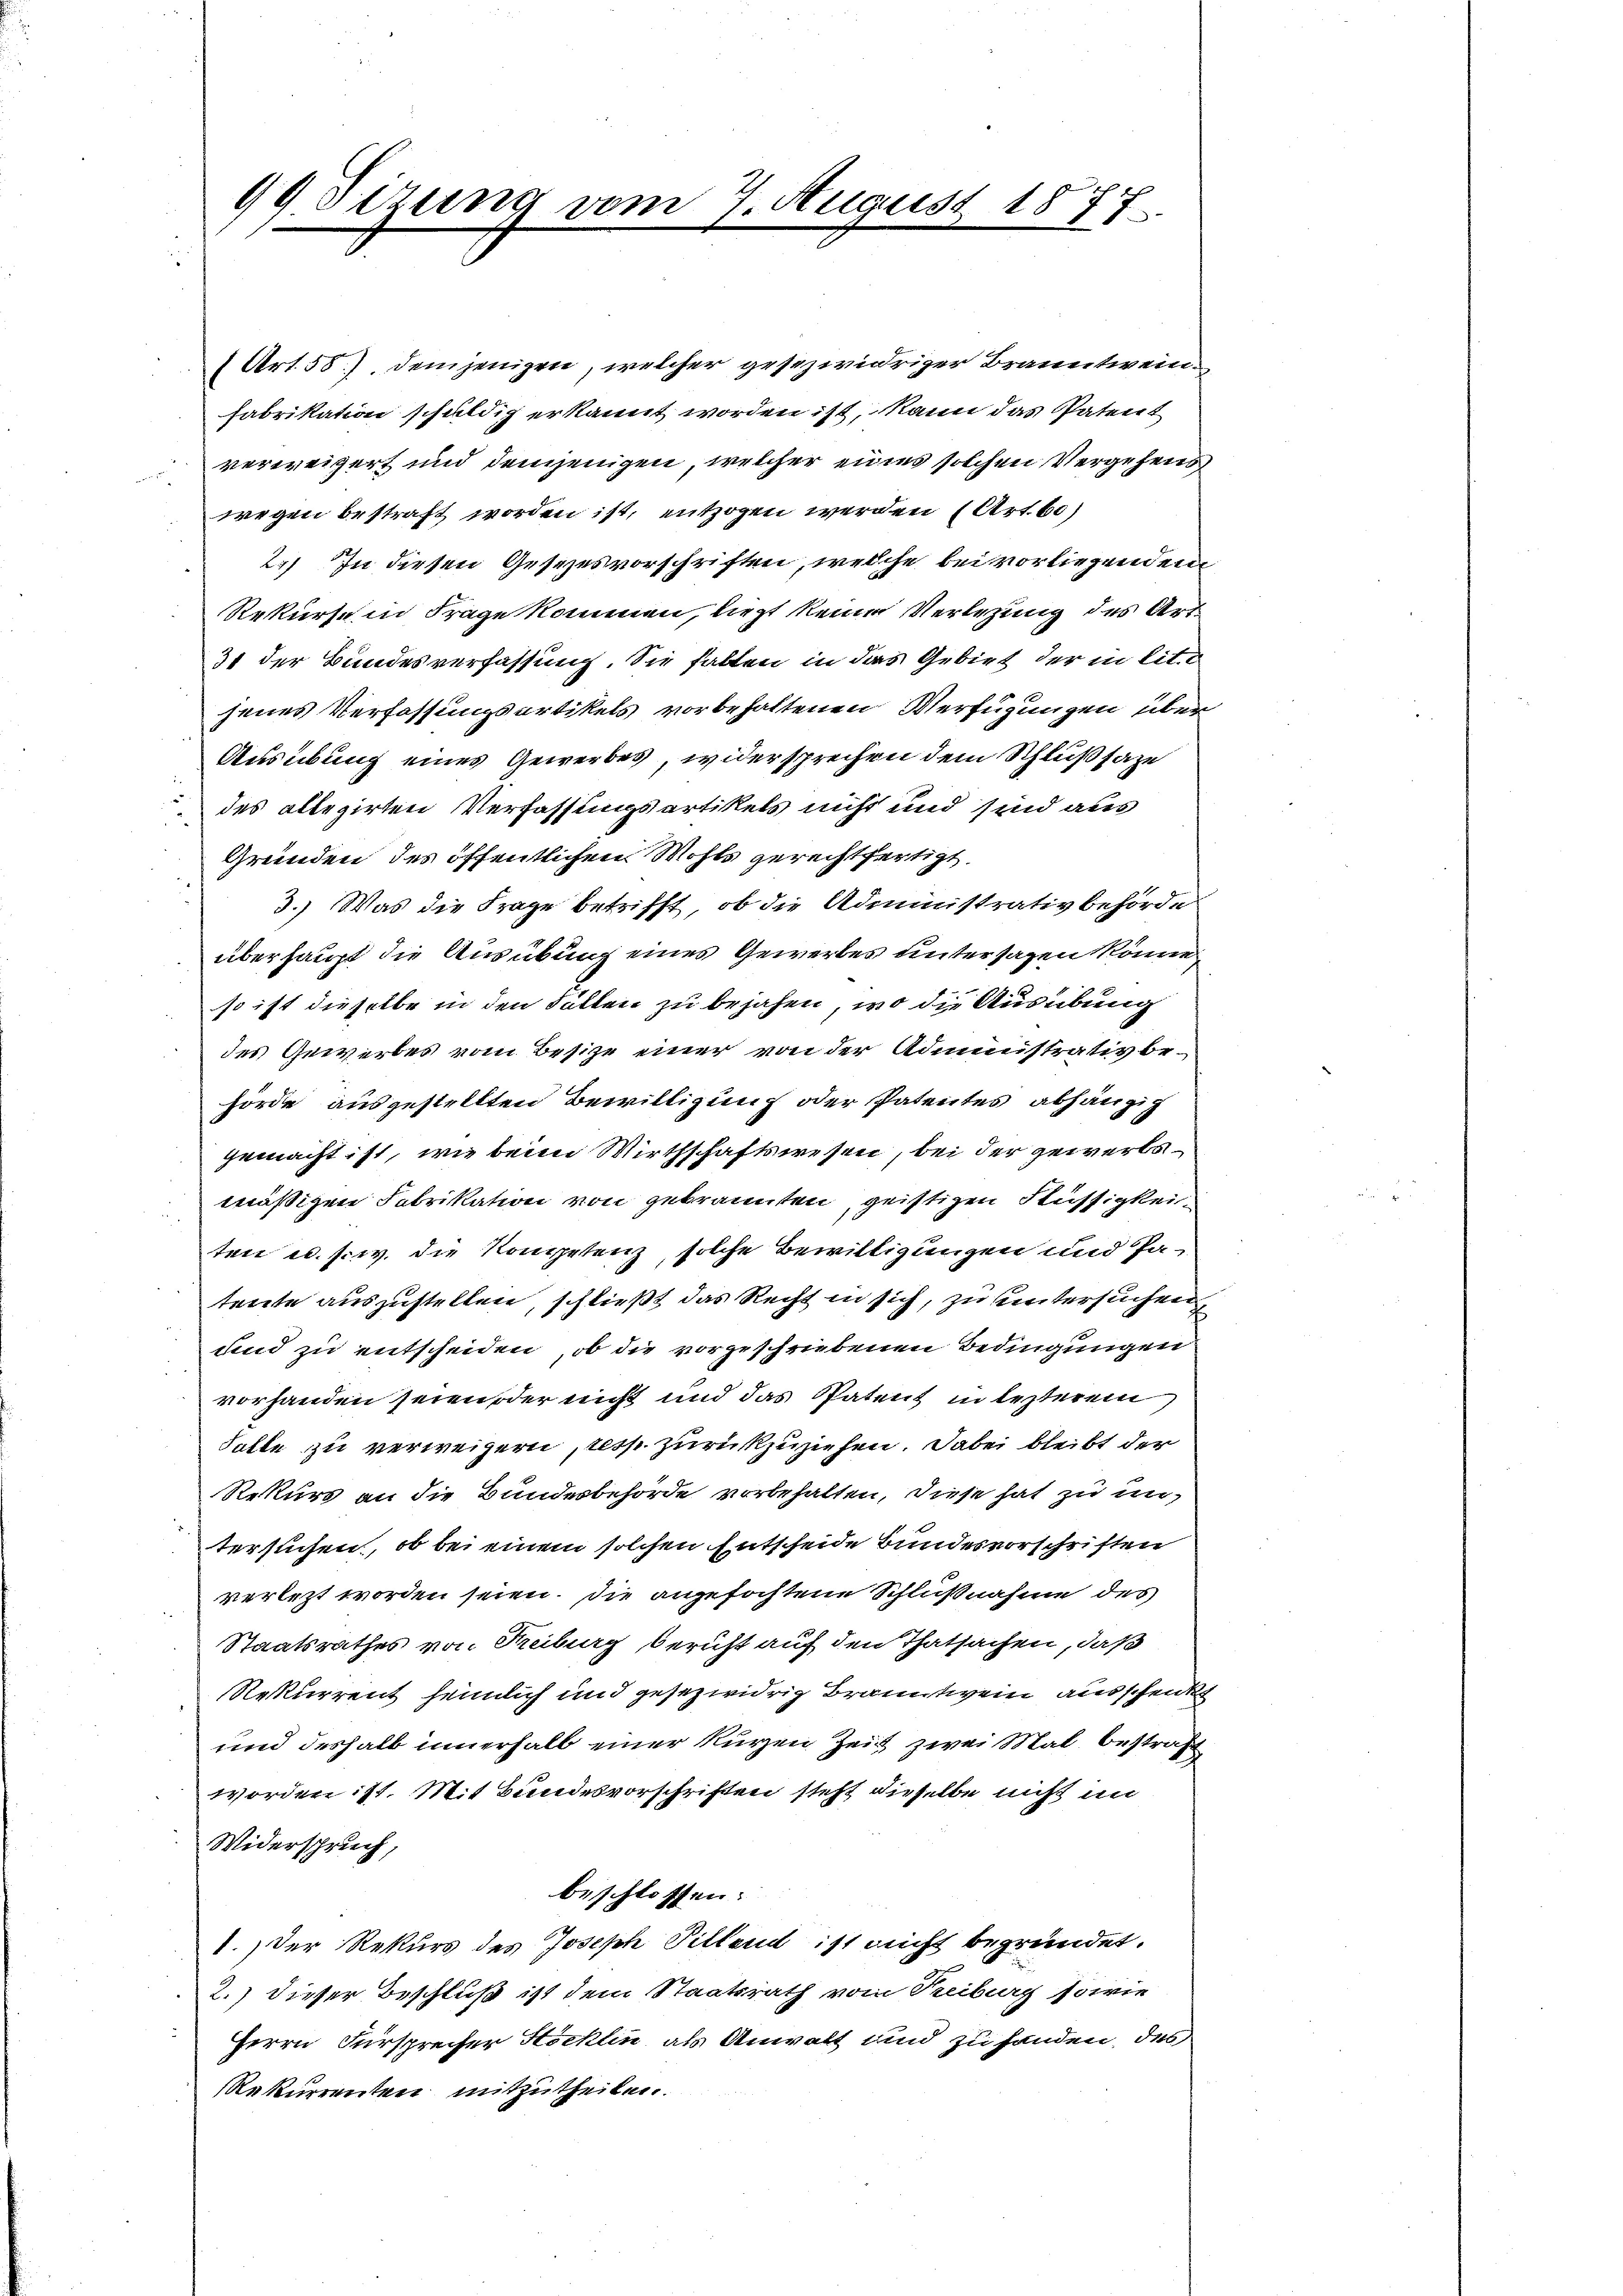
99 Tizung vom 7. August 1877

(Art. 58), demjenigen, welcher gesezwidriger Branntweinfabrikation schuldig erkannt worden ist, kann das Patent
verweigert und demjenigen, welcher eines solchen Vergehens
wegen bestraft worden ist, entzogen werden (Art. 60)
2.) In diesen Gesezesvorschriften, welche bei vorliegendem
Rekurse in Frage kommen, liegt keine Verlegung des Art.
31 der Bundesverfassung. Sie halten in dies Gebiet der in lit.
jenes Verfassungsartikels vorbehaltenen Verfügungen über
2
Ausübung eines Gewerbes, widersprechen dem Schlußsaze
des allegirten Verfassungsartikels nicht und sind aus
Gründen des öffentlichen Wohls gerechtfertigt.
3.) Was die Frage betrifft, ob die Administrativbehörde
überhaupt die Ausübung eines Gewerbes untersagen könne,
so ist dieselbe in den Fällen zu bejahen, wo die Ausübung
des Gewerbes vom Besize einer von der Administrativ behörde ausgestellten Bewilligung oder Patentes abhängig
gemacht ist, wie beim Wirthschaftswesen, bei der gewerbsmäßigen Fabrikation von gebrannten geistigen Küssigkeiten u. s. w. die Kompetenz, solche Bewilligungen und Patente auszustellen, schließt das Recht in sich, zu untersuchen
und zu entscheiden, ob die vorgeschriebenen Bedingungen
vorhanden seien oder nicht und das Patent in lezterem
Solle zu verweigern, resp. zurückzuziehen. Dabei bleibt der
Rekurs an die Bundesbehörde vorbehalten, diese hat zu untersuchen, ob bei einem solchen Entscheide Bundesvorschriften
verlezt worden seien. Die angefochtene Schlußnahme des
Staatsrathes von Freiburg beruht auf den Thatsachen, daß
Rekurrent heimlich und gesezwidrig Branntwein ausschenk
und deshalb innerhalb einer kurzen Zeit zwei Mal. bestraf
worden ist. Mit Bundesvorschriften steht dieselbe nicht an
Widerspruch,
beschlossen:
1. Der Rekurs des Joseph Pillend ist nicht begründet.
2.) dieser Beschluß ist dem Staatsrath vom Treiburg sowie
Herrn Fürsprecher Stöcklin als Anwalt und zu handen, des
Rekurrenten mitzutheilen.